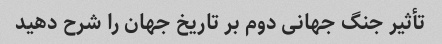
تأثیر جنگ جهانی دوم بر تاریخ جهان را شرح دهید